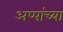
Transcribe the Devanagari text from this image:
अप्पांच्या